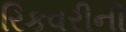
રિકવરીની